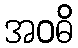
အဝဓိ